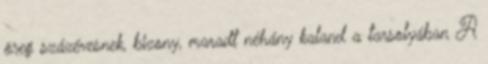
öreg százévesnek, bizony, maradt néhány kaland a tarsolyában A